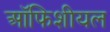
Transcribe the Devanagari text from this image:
ऑफिशीयल